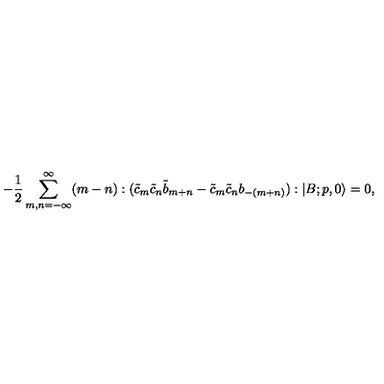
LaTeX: - \frac { 1 } { 2 } \sum _ { m , n = - \infty } ^ { \infty } ( m - n ) : ( \tilde { c } _ { m } \tilde { c } _ { n } \tilde { b } _ { m + n } - \tilde { c } _ { m } \tilde { c } _ { n } b _ { - ( m + n ) } ) : | B ; p , 0 \rangle = 0 ,